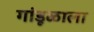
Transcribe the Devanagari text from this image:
गांडूळाला